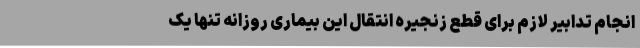
انجام تدابیر لازم برای قطع زنجیره انتقال این بیماری روزانه تنها یک